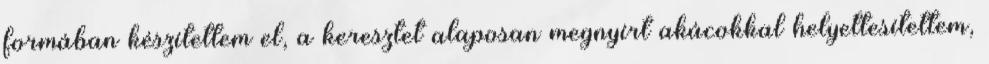
formában készítettem el, a keresztet alaposan megnyírt akácokkal helyettesítettem,